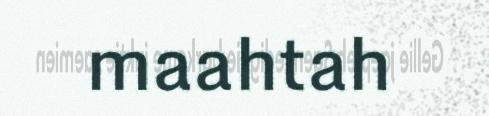
maahtah